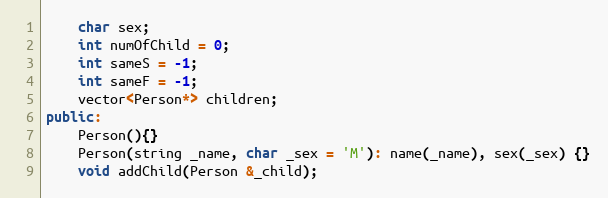
Language: C++
	char sex;
	int numOfChild = 0;
	int sameS = -1;
	int sameF = -1;
	vector<Person*> children;
public:
	Person(){}
	Person(string _name, char _sex = 'M'): name(_name), sex(_sex) {}
	void addChild(Person &_child);